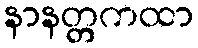
နာနတ္တကထာ